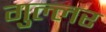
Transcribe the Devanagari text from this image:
गुल्लर